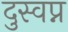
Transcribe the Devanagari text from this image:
दुस्वप्न